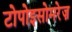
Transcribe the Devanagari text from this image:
टोपोइसोमरेज़